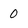
Character: 0